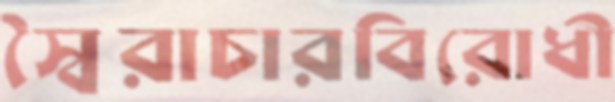
স্বৈরাচারবিরোধী